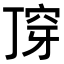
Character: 𬻣